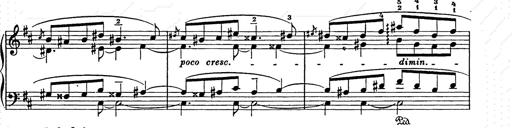
Title: Ballade No.2
Composer: Jan Skrzydlewski
Key: B minor